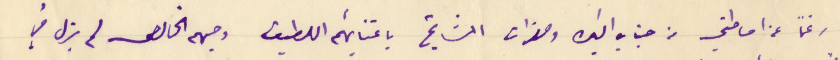
رغماً عن احاطتي من جناب البك وحضرات المشايخ باعتنائهم اللطيف وحبهبم الخالص لم يزل في